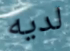
لديه